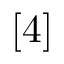
[ 4 ]